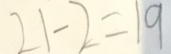
2 1 - 2 = 1 9